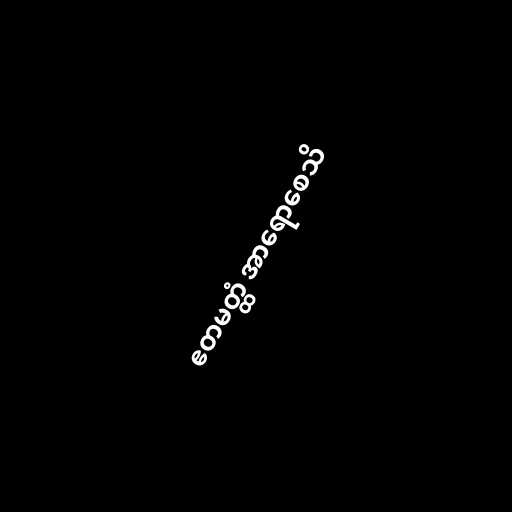
ဧတမတ္ထံ အာရောစေသိ